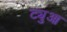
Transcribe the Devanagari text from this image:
ट्युआ